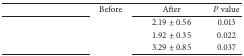
<table><thead><tr><td>[EMPTY_CELL]</td><td><b>Before</b></td><td><b>After</b></td><td><b><i>P</i> value</b></td></tr></thead><tbody><tr><td>[EMPTY_CELL]</td><td>[EMPTY_CELL]</td><td>2.19 ± 0.56</td><td>0.013</td></tr><tr><td>[EMPTY_CELL]</td><td>[EMPTY_CELL]</td><td>1.92 ± 0.35</td><td>0.022</td></tr><tr><td>[EMPTY_CELL]</td><td>[EMPTY_CELL]</td><td>3.29 ± 0.85</td><td>0.037</td></tr></tbody></table>